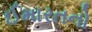
ઈમારતનો